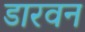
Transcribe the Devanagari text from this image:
डारवन